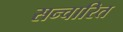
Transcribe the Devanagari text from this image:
सन्चारित